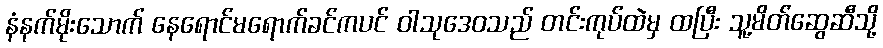
နံနက်မိုးသောက် နေရောင်မရောက်ခင်ကပင် ဝါသုဒေဝသည် တင်းကုပ်ထဲမှ ထပြီး သူ့မိတ်ဆွေဆီသို့